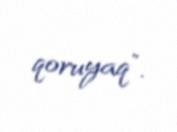
qoruyaq”.